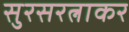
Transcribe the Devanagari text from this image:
सुरसरत्नाकर